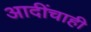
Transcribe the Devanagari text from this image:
आदींचाही